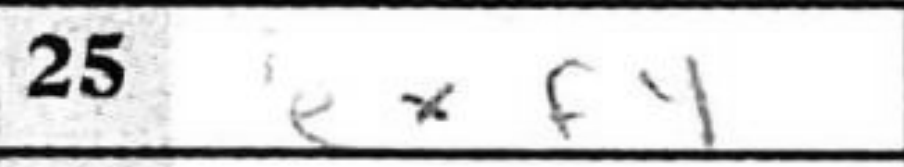
Transcription: exf4